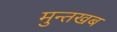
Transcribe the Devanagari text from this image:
मुन्तखब